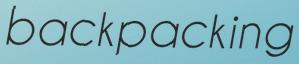
backpacking